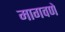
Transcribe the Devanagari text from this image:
मागवणे